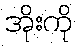
အိုးကို